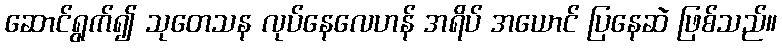
ဆောင်ရွက်၍ သုတေသန လုပ်နေလေဟန် အရိပ် အယောင် ပြနေဆဲ ဖြစ်သည်။